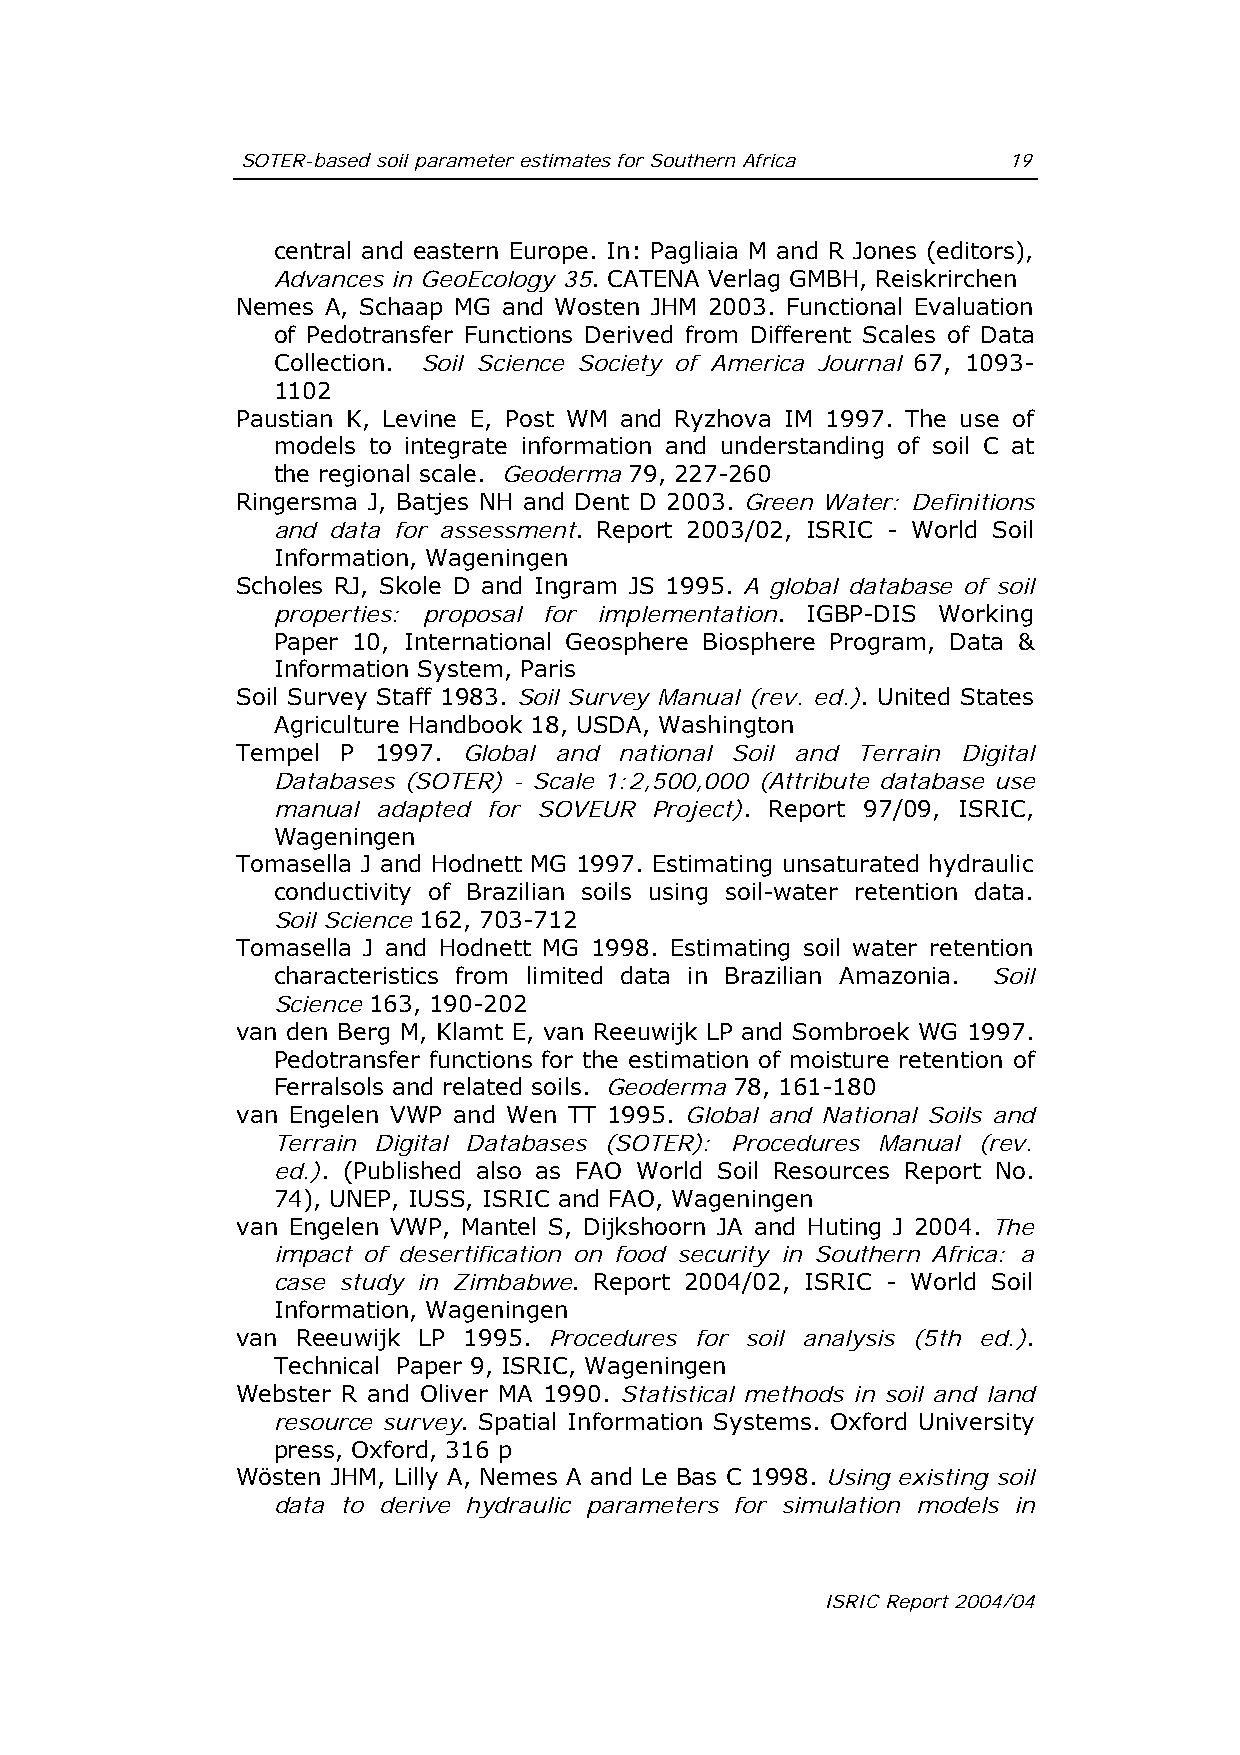
SOTER-based soil parameter estimates for Southern Africa 19
 central and eastern Europe. In: Pagliaia M and R Jones (editors),
 Advances in GeoEcology 35. CATENA Verlag GMBH, Reiskrirchen
 Nemes A, Schaap MG and Wosten JHM 2003. Functional Evaluation
 of Pedotransfer Functions Derived from Different Scales of Data
 Collection. Soil Science Society of America Journal 67, 1093-
 1102
 Paustian K, Levine E, Post WM and Ryzhova IM 1997. The use of
 models to integrate information and understanding of soil C at
 the regional scale. Geoderma 79, 227-260
 Ringersma J, Batjes NH and Dent D 2003. Green Water: Definitions
 and data for assessment. Report 2003/02, ISRIC - World Soil
 Information, Wageningen
 Scholes RJ, Skole D and Ingram JS 1995. A global database of soil
 properties: proposal for implementation. IGBP-DIS Working
 Paper 10, International Geosphere Biosphere Program, Data &
 Information System, Paris
 Soil Survey Staff 1983. Soil Survey Manual (rev. ed.). United States
 Agriculture Handbook 18, USDA, Washington
 Tempel P 1997. Global and national Soil and Terrain Digital
 Databases (SOTER) - Scale 1:2,500,000 (Attribute database use
 manual adapted for SOVEUR Project). Report 97/09, ISRIC,
 Wageningen
 Tomasella J and Hodnett MG 1997. Estimating unsaturated hydraulic
 conductivity of Brazilian soils using soil-water retention data.
 Soil Science 162, 703-712
 Tomasella J and Hodnett MG 1998. Estimating soil water retention
 characteristics from limited data in Brazilian Amazonia. Soil
 Science 163, 190-202
 van den Berg M, Klamt E, van Reeuwijk LP and Sombroek WG 1997.
 Pedotransfer functions for the estimation of moisture retention of
 Ferralsols and related soils. Geoderma 78, 161-180
 van Engelen VWP and Wen TT 1995. Global and National Soils and
 Terrain Digital Databases (SOTER): Procedures Manual (rev.
 ed.). (Published also as FAO World Soil Resources Report No.
 74), UNEP, IUSS, ISRIC and FAO, Wageningen
 van Engelen VWP, Mantel S, Dijkshoorn JA and Huting J 2004. The
 impact of desertification on food security in Southern Africa: a
 case study in Zimbabwe. Report 2004/02, ISRIC - World Soil
 Information, Wageningen
 van Reeuwijk LP 1995. Procedures for soil analysis (5th ed.).
 Technical Paper 9, ISRIC, Wageningen
 Webster R and Oliver MA 1990. Statistical methods in soil and land
 resource survey. Spatial Information Systems. Oxford University
 press, Oxford, 316 p
 Wösten JHM, Lilly A, Nemes A and Le Bas C 1998. Using existing soil
 data to derive hydraulic parameters for simulation models in
 ISRIC Report 2004/04